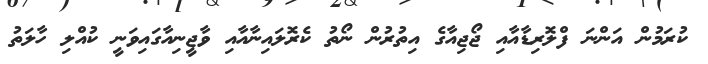
ކުރަމުން އަންނަ ފްލޮރިޑާއާއި ޖޯޖިއާގެ އިތުރުން ނޯތު ކެރޮލައިނާއާއި ވާޖީނިއާގައިވަނީ ކުއްލި ހާލަތު